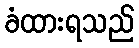
ခံထားရသည်